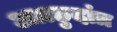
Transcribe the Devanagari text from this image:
अग्रछुदांत्र